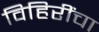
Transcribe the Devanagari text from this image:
विहिरींचा